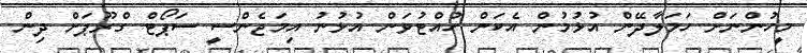
މީހުންނަށް ހަމަލާދޭން އުޅުމުން އެކަން ހުއްޓުވަން އުޅުނު އިމަޖެންސީ ސަޕޯޓް ގްރޫޕަށް ދިން